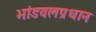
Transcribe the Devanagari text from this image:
भांडवलप्रधान